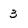
Character: 3